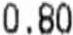
0.80